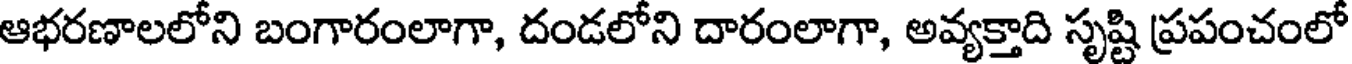
ఆభరణాలలోని బంగారంలాగా, దండలోని దారంలాగా, అవ్యక్తాది సృష్టి ప్రపంచంలో